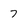
Character: 7